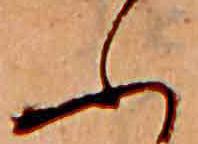
ふ